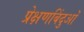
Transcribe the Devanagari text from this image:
प्रेक्षणबिंदुओं